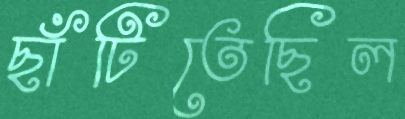
ছাঁটিতেছিল